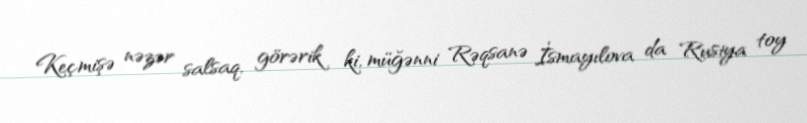
Keçmişə nəzər salsaq, görərik ki, müğənni Rəqsanə İsmayılova da Rusiya toy